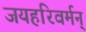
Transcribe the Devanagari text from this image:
जयहरिवर्मन्